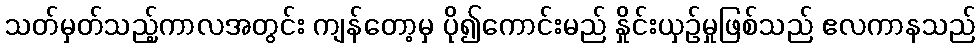
သတ်မှတ်သည့်ကာလအတွင်း ကျန်တော့မှ ပို၍ကောင်းမည် နှိုင်းယှဉ်မှုဖြစ်သည် ဧလကာနသည်